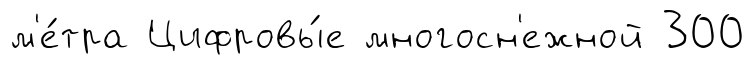
м'е́тра Цифровы́е многосн'ежной 300